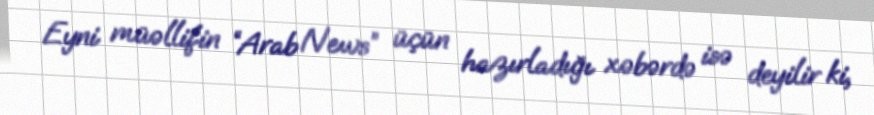
Eyni müəllifin “Arab News” üçün hazırladığı xəbərdə isə deyilir ki,